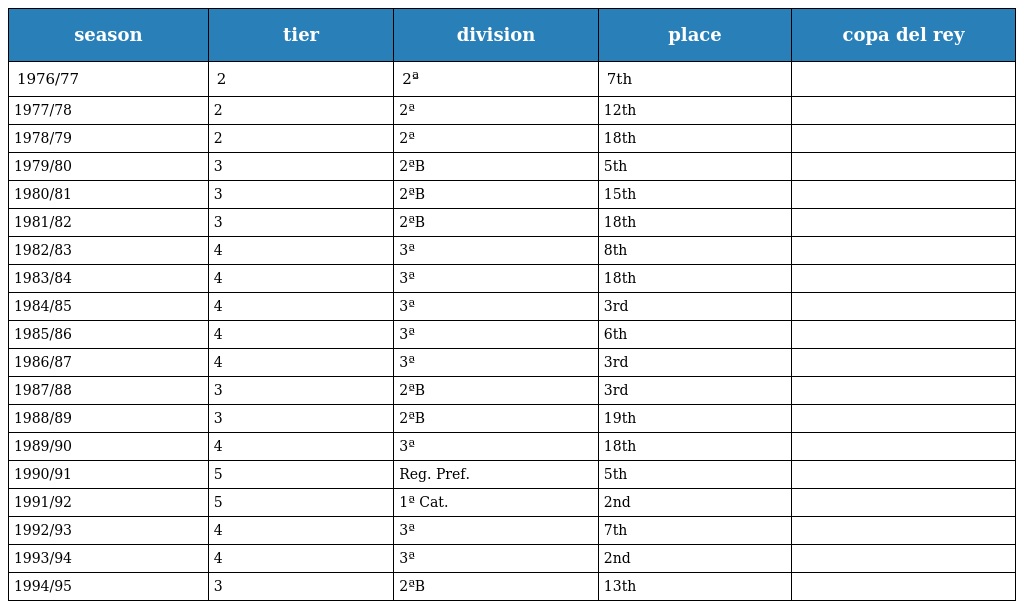
| season | tier | division | place | copa del rey |
 | --- | --- | --- | --- | --- |
 | 1976/77 | 2 | 2ª | 7th |  |
 | 1977/78 | 2 | 2ª | 12th |  |
 | 1978/79 | 2 | 2ª | 18th |  |
 | 1979/80 | 3 | 2ªB | 5th |  |
 | 1980/81 | 3 | 2ªB | 15th |  |
 | 1981/82 | 3 | 2ªB | 18th |  |
 | 1982/83 | 4 | 3ª | 8th |  |
 | 1983/84 | 4 | 3ª | 18th |  |
 | 1984/85 | 4 | 3ª | 3rd |  |
 | 1985/86 | 4 | 3ª | 6th |  |
 | 1986/87 | 4 | 3ª | 3rd |  |
 | 1987/88 | 3 | 2ªB | 3rd |  |
 | 1988/89 | 3 | 2ªB | 19th |  |
 | 1989/90 | 4 | 3ª | 18th |  |
 | 1990/91 | 5 | Reg. Pref. | 5th |  |
 | 1991/92 | 5 | 1ª Cat. | 2nd |  |
 | 1992/93 | 4 | 3ª | 7th |  |
 | 1993/94 | 4 | 3ª | 2nd |  |
 | 1994/95 | 3 | 2ªB | 13th |  |